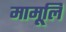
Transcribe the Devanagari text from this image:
मामूलि